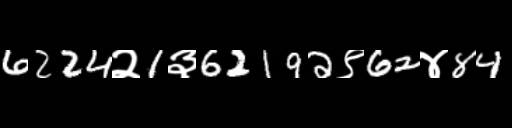
Text: 6224२1३62192९62४84